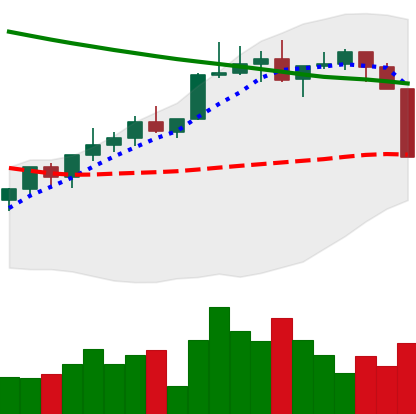
Ticker: XLM-USD
Chart end date: 2022-04-06
Forward return: -8.165%
Label: down_7plus